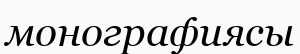
монографиясы